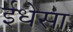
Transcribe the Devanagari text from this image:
ईधेसा